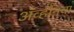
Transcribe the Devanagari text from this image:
ॲव्हॉनचा